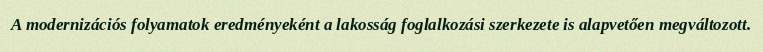
A modernizációs folyamatok eredményeként a lakosság foglalkozási szerkezete is alapvetően megváltozott.